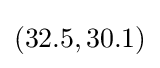
(32.5,30.1)